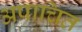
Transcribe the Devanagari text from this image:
अपाचित